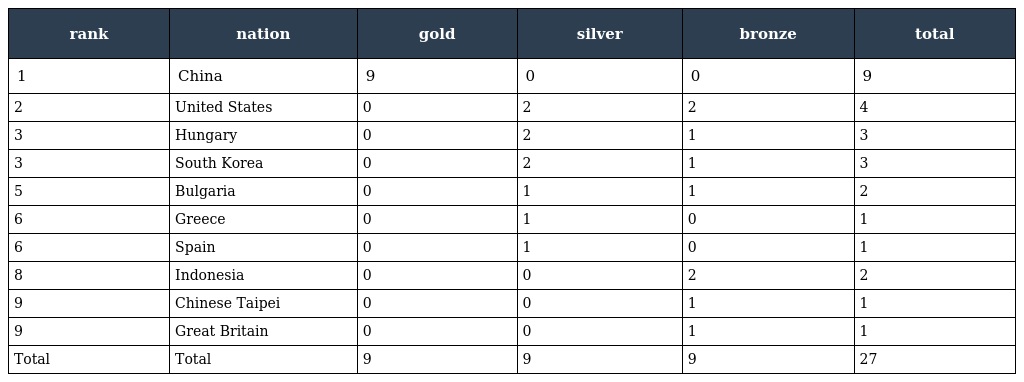
| rank | nation | gold | silver | bronze | total |
 | --- | --- | --- | --- | --- | --- |
 | 1 | China | 9 | 0 | 0 | 9 |
 | 2 | United States | 0 | 2 | 2 | 4 |
 | 3 | Hungary | 0 | 2 | 1 | 3 |
 | 3 | South Korea | 0 | 2 | 1 | 3 |
 | 5 | Bulgaria | 0 | 1 | 1 | 2 |
 | 6 | Greece | 0 | 1 | 0 | 1 |
 | 6 | Spain | 0 | 1 | 0 | 1 |
 | 8 | Indonesia | 0 | 0 | 2 | 2 |
 | 9 | Chinese Taipei | 0 | 0 | 1 | 1 |
 | 9 | Great Britain | 0 | 0 | 1 | 1 |
 | Total | Total | 9 | 9 | 9 | 27 |